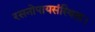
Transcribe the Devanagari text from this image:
रसनोपायसंस्थिता।